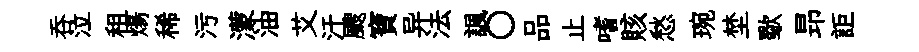
吞泣租煬稀污濛油艾汗颼寶异法諷〇品止嗜賅愁琬埜歜昻詎